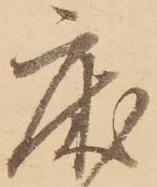
床